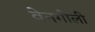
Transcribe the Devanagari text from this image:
वेनगोली